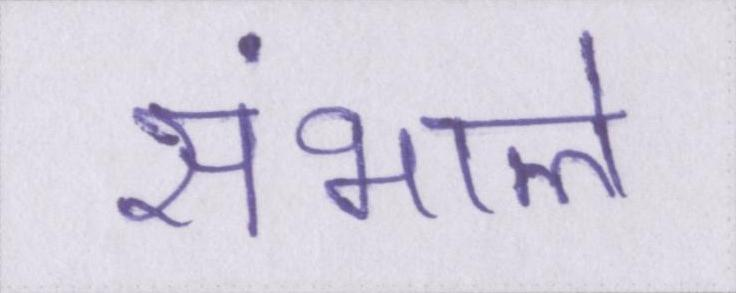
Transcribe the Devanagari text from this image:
संभाले